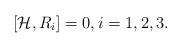
LaTeX: \begin{align*}[\mathcal{H},R_i]=0,i=1,2,3.\end{align*}